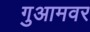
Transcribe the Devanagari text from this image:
गुआमवर